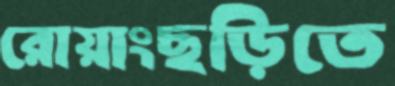
রোয়াংছড়িতে